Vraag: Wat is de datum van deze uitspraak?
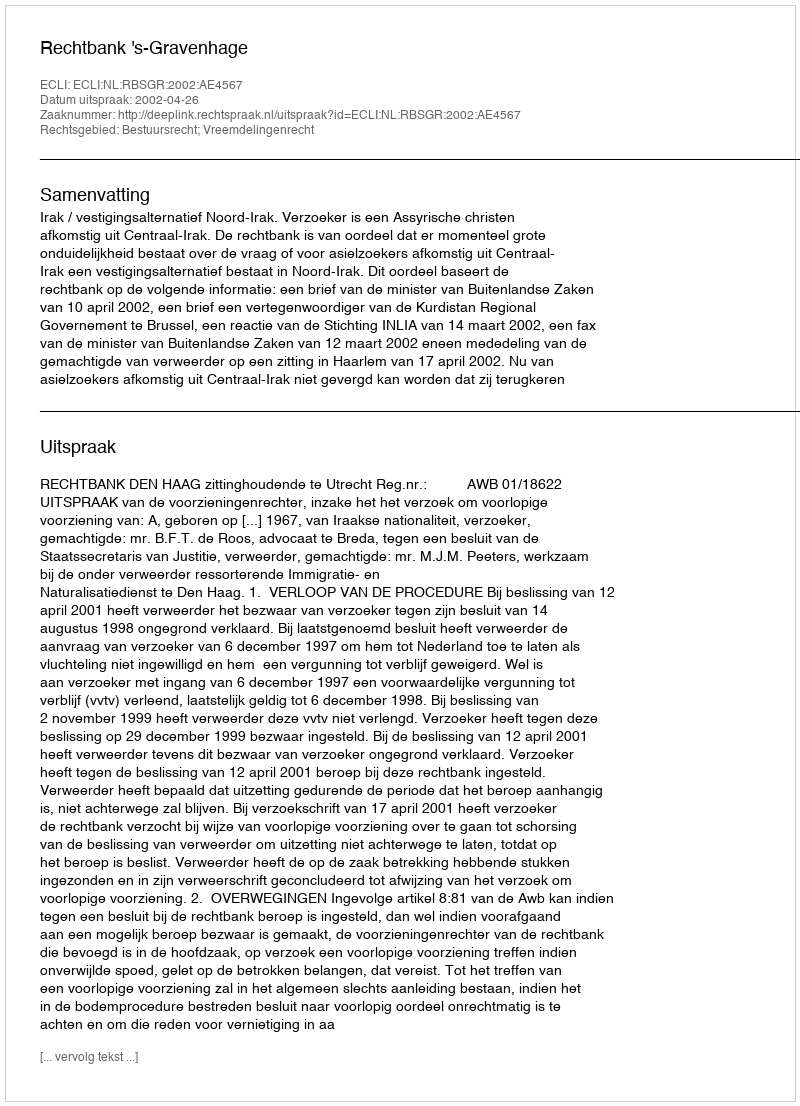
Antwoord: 2002-04-26